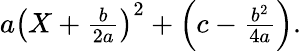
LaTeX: \begin{array}{r}{a\left(X+\frac{b}{2a}\right)^{2}+\left(c-\frac{b^{2}}{4a}\right).}\end{array}